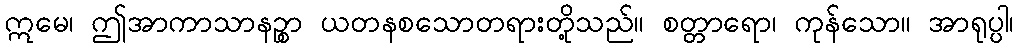
ဣမေ၊ ဤအာကာသာနဉ္စာ ယတနစသောတရားတို့သည်။ စတ္တာရော၊ ကုန်သော။ အာရုပ္ပါ၊